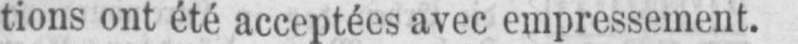
tions ont été acceptées avec empressement.